Civil Veterinary Department Bihar & Orissa reports 1922-29 - 1922-1929
Year: 1922
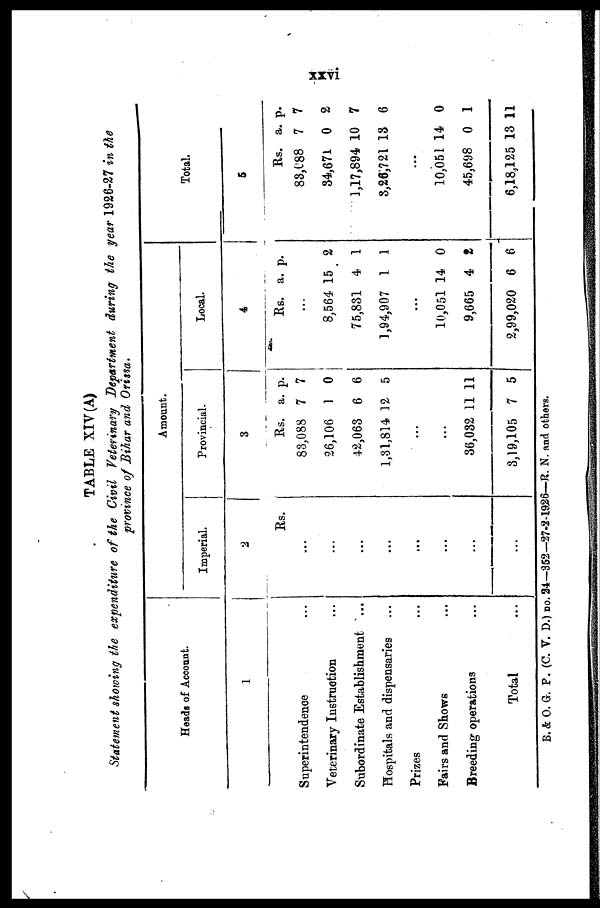
TABLE XIV (A)
Statement showing the expenditure of the Civil Veterinary Department during the year 1926-27 in the
province of Bihar and Orissa.
Heads of Account.
1
Superintendence
Veterinary Instruction
Subordinate Establishment ...
Hospitals and dispensaries
Prizes
Fairs and Shows
Breeding-operations
Total
Amount.
Imperial.
2
Rs.
...
...
...
...
...
...
...
...
Provincial.
3
Rs.
83,088
26,106
42,063
1,31,814
...
...
36,032
3,19,105
a.
7
1
6
12
11 1
7
p.
7
0
6
5
1
5
Local.
4
Rs.
...
8,564
75,831
1,94,907
...
10,051
9,665
2,99,020
a.
15
4
1
14
4
6
p.
2
1
1
0
2
6
Total.
5
Rs.
83,088
34,671
1,17,894
3,26,721
...
10,051
45,698
6,18,125
a.
7
0
10
13
14
0
13
p.
7
2
7
6
0
1
11
B. & O. G. P. (C. V. D.) no. 24-352— 27-2-1926—R. N. and others.